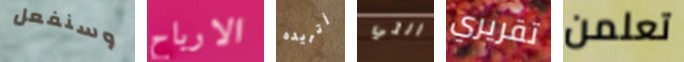
وسنفعل الارباح أتريده التي تقريري تعلمن